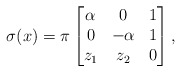
\begin{align*}\sigma(x)=\pi\begin{bmatrix}\alpha &0& 1\\0 & -\alpha & 1 \\ z_1&z_2&0\end{bmatrix} ,\end{align*}